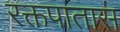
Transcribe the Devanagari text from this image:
रक्तपातास